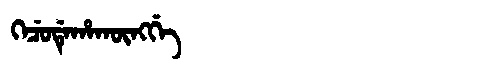
Manchu: ᡴᡝᠴᡠᡩᡝᡥᠠᡴᡡᠩᡤᡝ
Romanization: KECUDEHAKŪNGGE